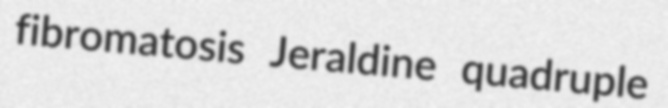
fibromatosis Jeraldine quadruple